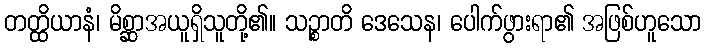
တတ္ထိယာနံ၊ မိစ္ဆာအယူရှိသူတို့၏။ သဉ္စာတိ ဒေသေန၊ ပေါက်ဖွားရာ၏ အဖြစ်ဟူသော